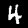
Digit: 4